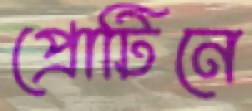
প্রোটিনে